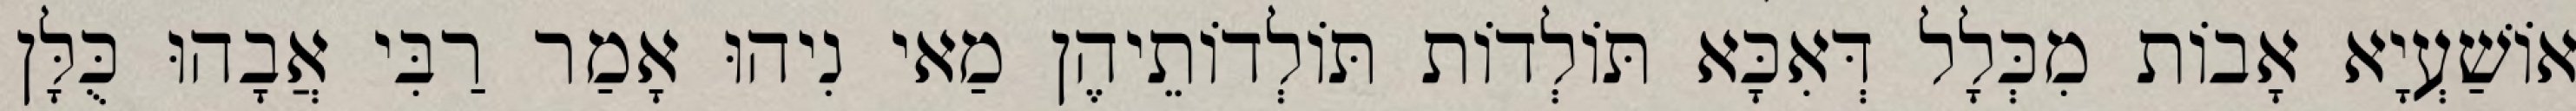
אוֹשַׁעְיָא אָבוֹת מִכְּלָל דְּאִכָּא תּוֹלְדוֹת תּוֹלְדוֹתֵיהֶן מַאי נִיהוּ אָמַר רַבִּי אֲבָהוּ כֻּלָּן